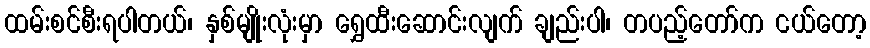
ထမ်းစင်စီးရပါတယ်၊ နှစ်မျိုးလုံးမှာ ရွှေထီးဆောင်းလျက် ချည်းပါ၊ တပည့်တော်က ငယ်တော့